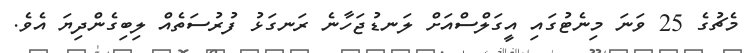
މެޗުގެ 25 ވަނަ މިނެޓުގައި އީގަލްސްއަށް ލަނޑުޖަހާނެ ރަނގަޅު ފުރުސަތެއް ލިބިގެންދިޔަ އެވެ.